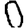
Digit: 0